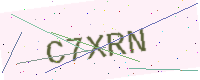
Text: C7XRN